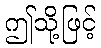
ဤသို့ဖြင့်